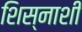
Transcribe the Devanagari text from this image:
शिस्नाशी